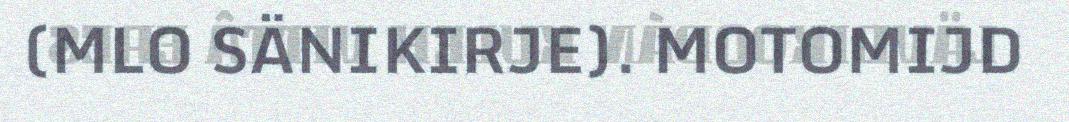
(MLO SÄNIKIRJE). MOTOMIJD